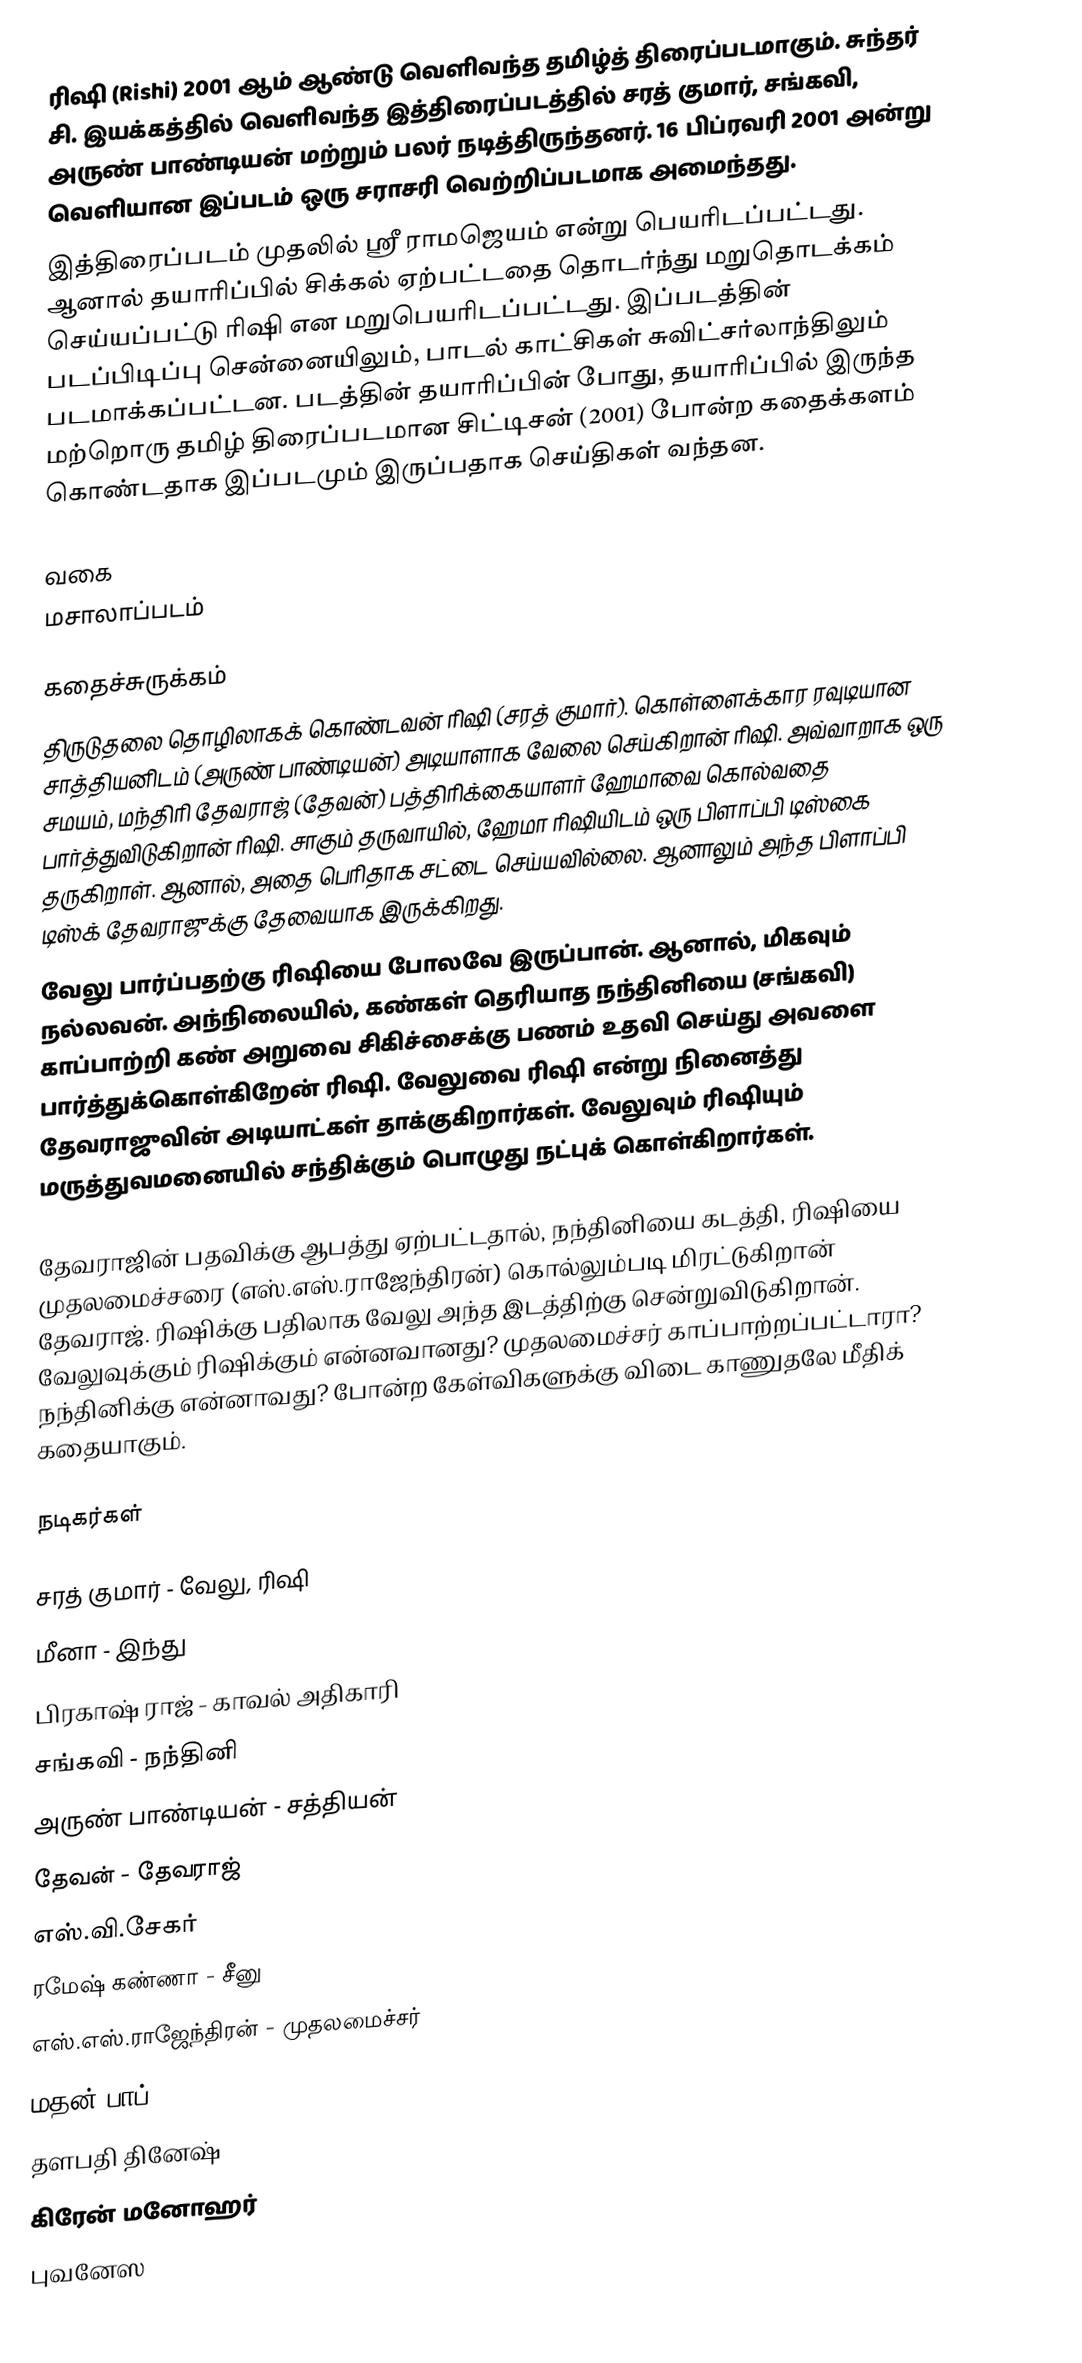
ரிஷி (Rishi) 2001 ஆம் ஆண்டு வெளிவந்த தமிழ்த் திரைப்படமாகும். சுந்தர் சி. இயக்கத்தில் வெளிவந்த இத்திரைப்படத்தில் சரத் குமார், சங்கவி, அருண் பாண்டியன் மற்றும் பலர் நடித்திருந்தனர். 16 பிப்ரவரி 2001 அன்று வெளியான இப்படம் ஒரு சராசரி வெற்றிப்படமாக அமைந்தது.
இத்திரைப்படம் முதலில் ஸ்ரீ ராமஜெயம் என்று பெயரிடப்பட்டது.  ஆனால் தயாரிப்பில் சிக்கல் ஏற்பட்டதை தொடர்ந்து மறுதொடக்கம் செய்யப்பட்டு ரிஷி என மறுபெயரிடப்பட்டது. இப்படத்தின் படப்பிடிப்பு சென்னையிலும், பாடல் காட்சிகள் சுவிட்சர்லாந்திலும் படமாக்கப்பட்டன. படத்தின் தயாரிப்பின் போது, தயாரிப்பில் இருந்த மற்றொரு தமிழ் திரைப்படமான சிட்டிசன் (2001) போன்ற கதைக்களம் கொண்டதாக இப்படமும் இருப்பதாக  செய்திகள் வந்தன.

வகை
மசாலாப்படம்

கதைச்சுருக்கம்
திருடுதலை தொழிலாகக் கொண்டவன் ரிஷி (சரத் குமார்). கொள்ளைக்கார ரவுடியான சாத்தியனிடம் (அருண் பாண்டியன்) அடியாளாக வேலை செய்கிறான் ரிஷி. அவ்வாறாக ஒரு சமயம், மந்திரி தேவராஜ் (தேவன்) பத்திரிக்கையாளர் ஹேமாவை கொல்வதை பார்த்துவிடுகிறான் ரிஷி. சாகும் தருவாயில், ஹேமா ரிஷியிடம் ஒரு பிளாப்பி டிஸ்கை தருகிறாள். ஆனால், அதை பெரிதாக சட்டை செய்யவில்லை. ஆனாலும் அந்த பிளாப்பி டிஸ்க் தேவராஜுக்கு தேவையாக இருக்கிறது.
வேலு பார்ப்பதற்கு ரிஷியை போலவே இருப்பான். ஆனால், மிகவும் நல்லவன். அந்நிலையில், கண்கள் தெரியாத நந்தினியை (சங்கவி) காப்பாற்றி கண் அறுவை சிகிச்சைக்கு பணம் உதவி செய்து அவளை பார்த்துக்கொள்கிறேன் ரிஷி. வேலுவை ரிஷி என்று நினைத்து தேவராஜுவின் அடியாட்கள் தாக்குகிறார்கள். வேலுவும் ரிஷியும் மருத்துவமனையில் சந்திக்கும் பொழுது நட்புக் கொள்கிறார்கள்.

தேவராஜின் பதவிக்கு ஆபத்து ஏற்பட்டதால், நந்தினியை கடத்தி, ரிஷியை முதலமைச்சரை (எஸ்.எஸ்.ராஜேந்திரன்) கொல்லும்படி மிரட்டுகிறான் தேவராஜ். ரிஷிக்கு பதிலாக வேலு அந்த இடத்திற்கு சென்றுவிடுகிறான். வேலுவுக்கும் ரிஷிக்கும் என்னவானது? முதலமைச்சர் காப்பாற்றப்பட்டாரா? நந்தினிக்கு என்னாவது? போன்ற கேள்விகளுக்கு விடை காணுதலே மீதிக் கதையாகும்.

நடிகர்கள்

சரத் குமார் - வேலு, ரிஷி
மீனா - இந்து
பிரகாஷ் ராஜ் - காவல் அதிகாரி
சங்கவி - நந்தினி
அருண் பாண்டியன் - சத்தியன்
தேவன் - தேவராஜ்
எஸ்.வி.சேகர்
ரமேஷ் கண்ணா - சீனு
எஸ்.எஸ்.ராஜேந்திரன் - முதலமைச்சர்
மதன் பாப்
தளபதி தினேஷ்
கிரேன் மனோஹர்
புவனேஸ